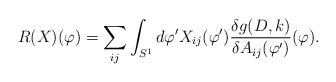
\begin{align*}R(X)(\varphi)=\sum_{ij}\int_{S^1}d\varphi'X_{ij}(\varphi')\frac{\delta g(D,k)}{\delta A_{ij}(\varphi')}(\varphi).\end{align*}